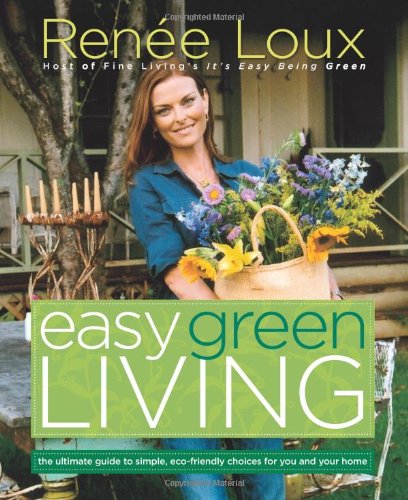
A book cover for Easy Green Living: The Ultimate Guide to Simple, Eco-Friendly Choices for You and Your Home; RenÃ©e Loux; Crafts, Hobbies & Home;